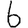
Digit: 6